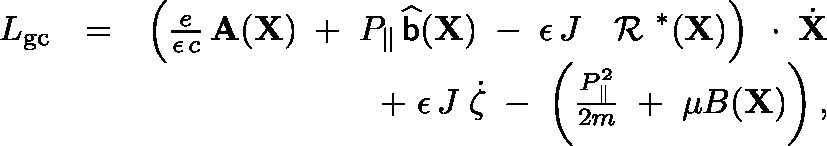
\begin{array} { r l r } { L _ { \mathrm { g c } } } & { = } & { \left( \frac { e } { \epsilon \, c } \, { \bf A } ( { \bf X } ) \; + \; P _ { \| } \, \widehat { { \sf b } } ( { \bf X } ) \; - \; \epsilon \, J \; \mathrm { \boldmath ~ \cal ~ R ~ } ^ { * } ( { \bf X } ) \right) \, \mathrm { \boldmath ~ \cdot ~ } \, \dot { \bf X } } \\ & { } & { + \; \epsilon \, J \; \dot { \zeta } \; - \; \left( \frac { P _ { \| } ^ { 2 } } { 2 m } \; + \; \mu B ( { \bf X } ) \right) , } \end{array}